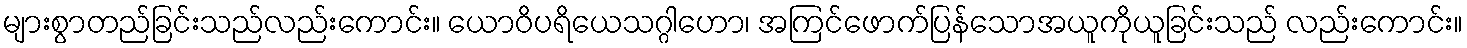
များစွာတည်ခြင်းသည်လည်းကောင်း။ ယောဝိပရိယေသဂ္ဂါဟော၊ အကြင်ဖောက်ပြန်သောအယူကိုယူခြင်းသည် လည်းကောင်း။